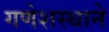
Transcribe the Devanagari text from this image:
गणेशस्थाने